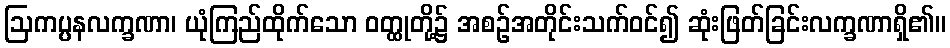
ဩကပ္ပနလက္ခဏာ၊ ယုံကြည်ထိုက်သော ဝတ္ထုတို့၌ အစဉ်အတိုင်းသက်ဝင်၍ ဆုံးဖြတ်ခြင်းလက္ခဏာရှိ၏။